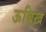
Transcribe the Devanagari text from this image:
ऊबिख़